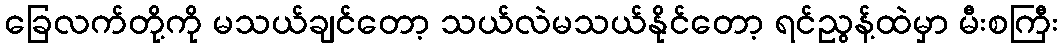
ခြေလက်တို့ကို မသယ်ချင်တော့ သယ်လဲမသယ်နိုင်တော့ ရင်ညွန့်ထဲမှာ မီးစကြီး